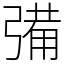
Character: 㣁